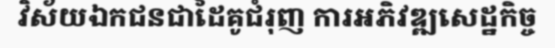
វិស័យឯកជនជាដៃគូជំរុញ ការអភិវឌ្ឍសេដ្ឋកិច្ច